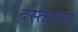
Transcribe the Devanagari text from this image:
दस्तावज़